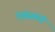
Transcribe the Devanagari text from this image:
चित्रेसंबंधी